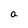
Character: a